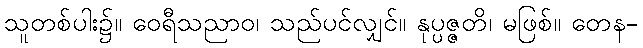
သူတစ်ပါး၌။ ဝေရီသညာဝ၊ သည်ပင်လျှင်။ နုပ္ပဇ္ဇတိ၊ မဖြစ်။ တေန-